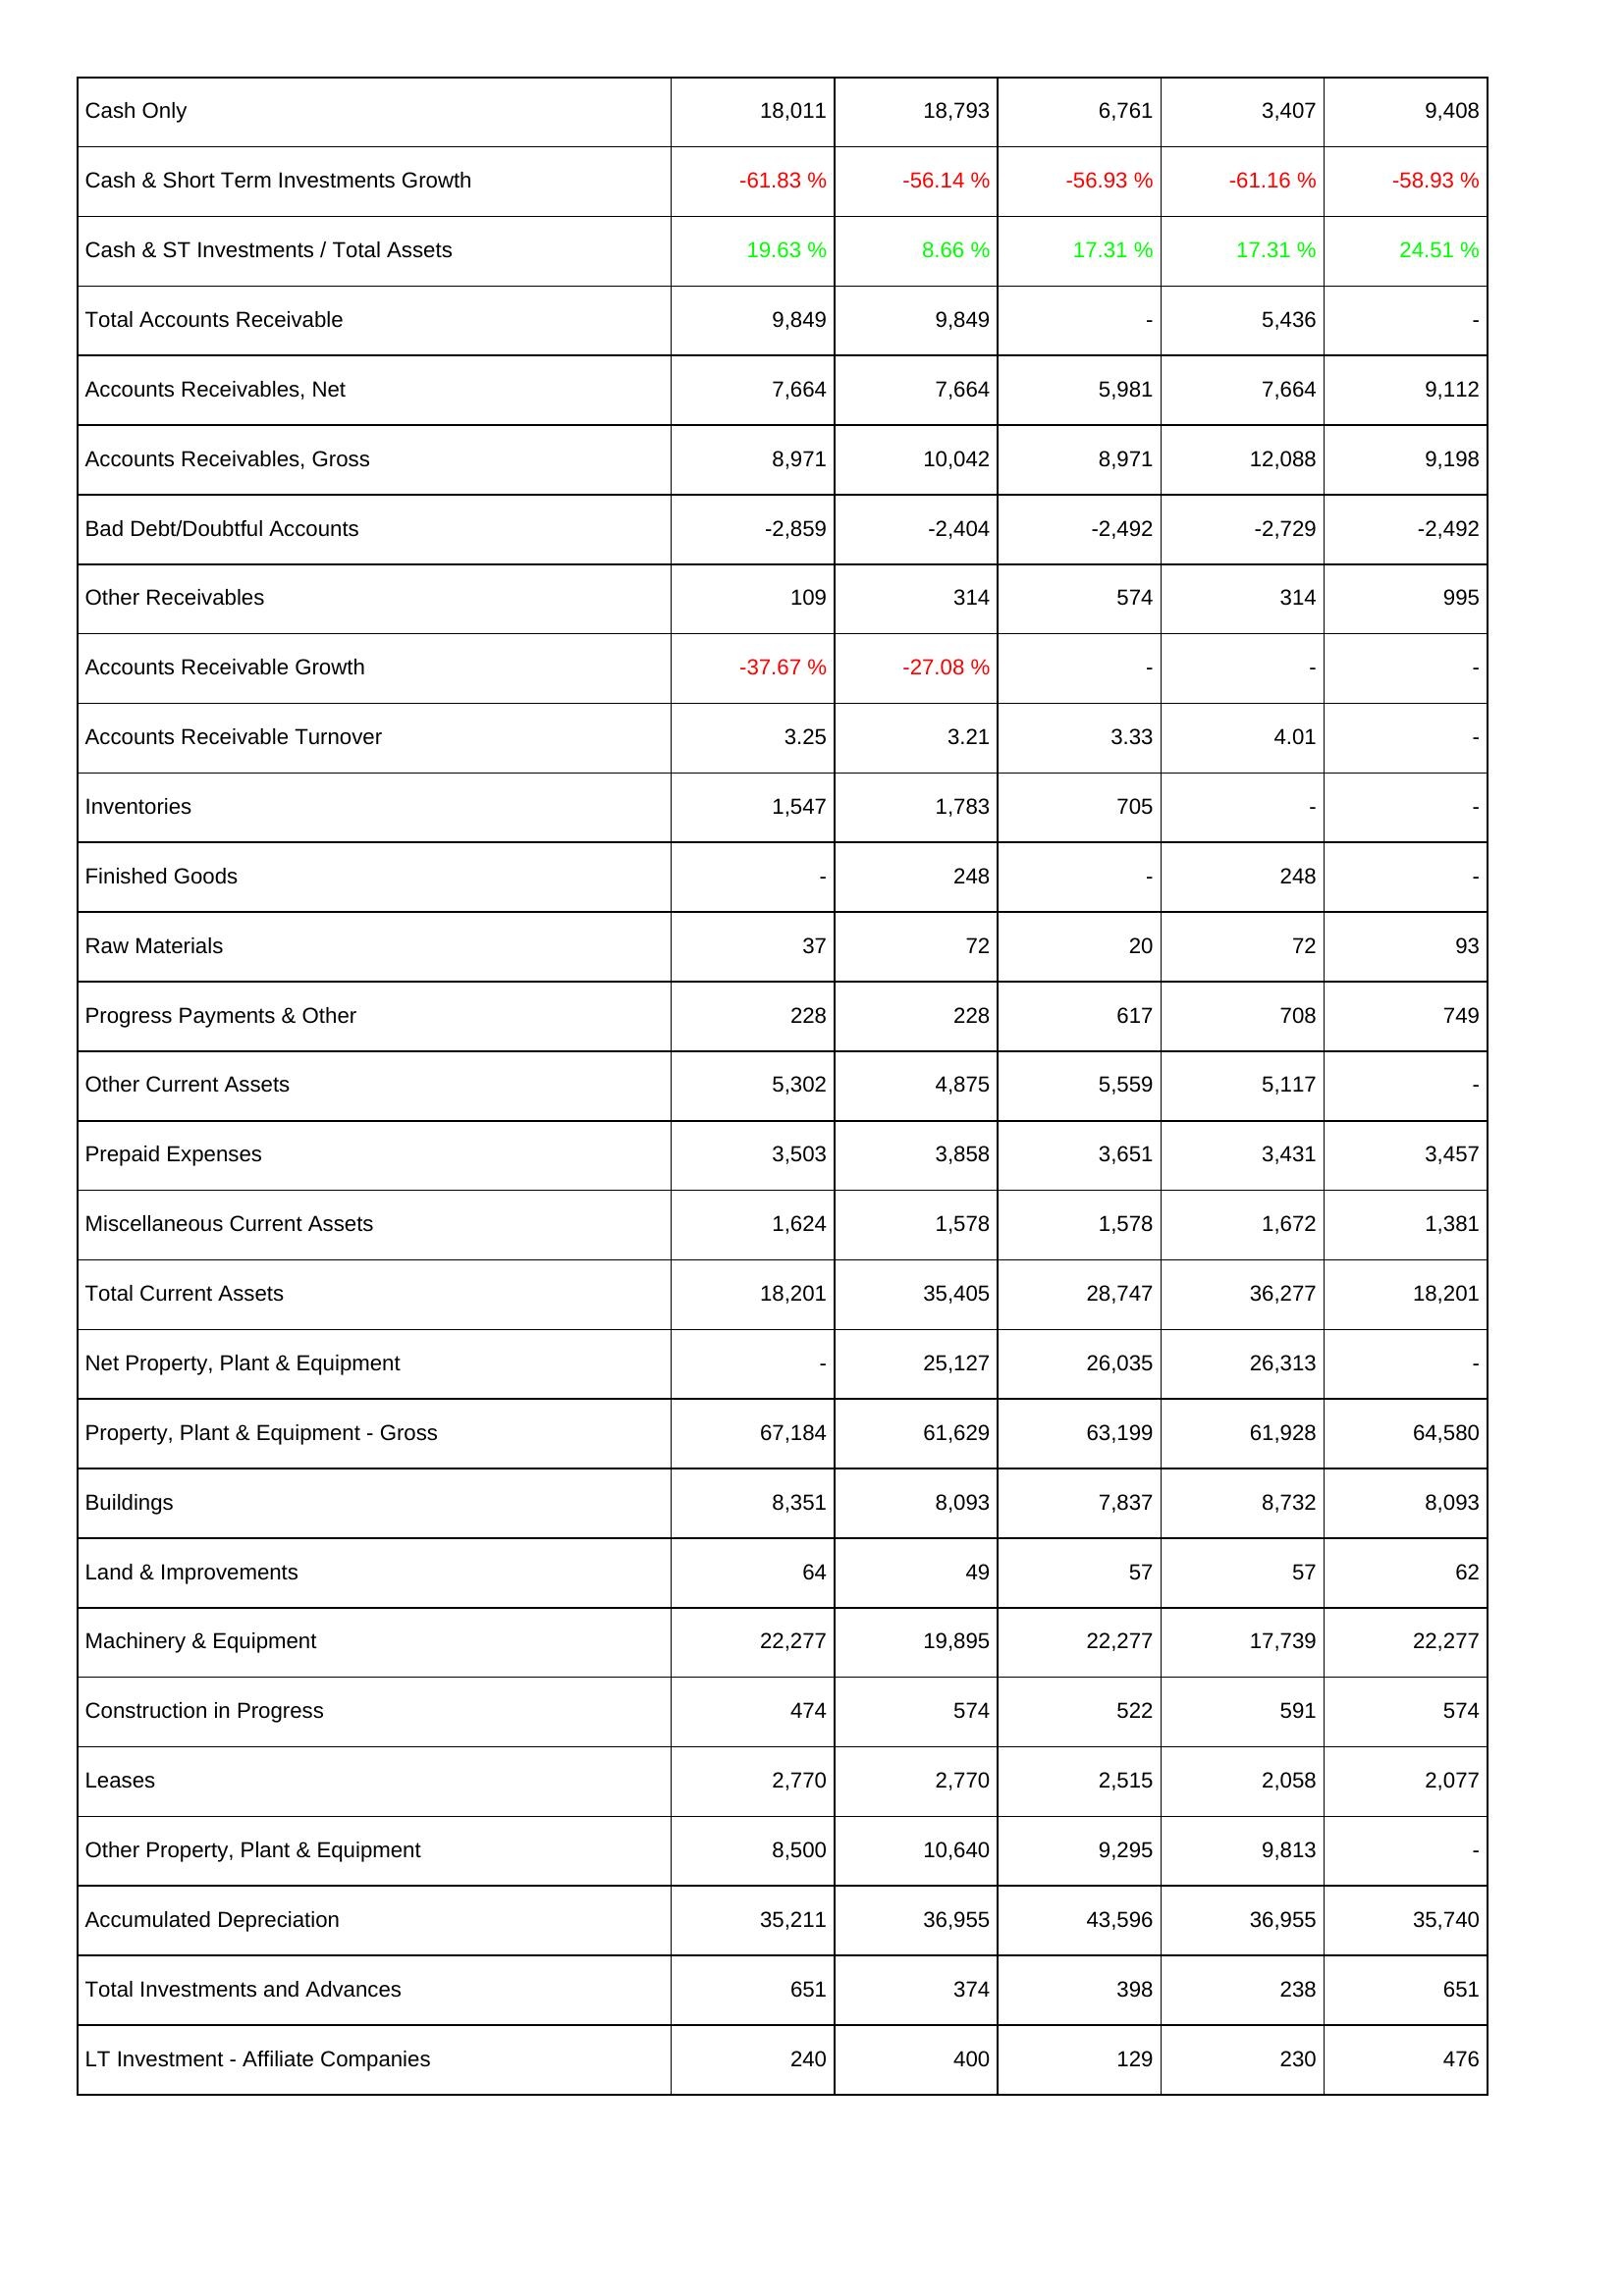
2017: Assets: Cash Only: 18,011
Cash & Short Term Investments Growth: -61.83 %
Cash & ST Investments / Total Assets: 19.63 %
Total Accounts Receivable: 9,849
Accounts Receivables, Net: 7,664
Accounts Receivables, Gross: 8,971
Bad Debt/Doubtful Accounts: -2,859
Other Receivables: 109
Accounts Receivable Growth: -37.67 %
Accounts Receivable Turnover: 3.25
Inventories: 1,547
Finished Goods: -
Raw Materials: 37
Progress Payments & Other: 228
Other Current Assets: 5,302
Prepaid Expenses: 3,503
Miscellaneous Current Assets: 1,624
Total Current Assets: 18,201
Net Property, Plant & Equipment: -
Property, Plant & Equipment - Gross: 67,184
Buildings: 8,351
Land & Improvements: 64
Machinery & Equipment: 22,277
Construction in Progress: 474
Leases: 2,770
Other Property, Plant & Equipment: 8,500
Accumulated Depreciation: 35,211
Total Investments and Advances: 651
LT Investment - Affiliate Companies: 240
2018: Assets: Cash Only: 18,793
Cash & Short Term Investments Growth: -56.14 %
Cash & ST Investments / Total Assets: 8.66 %
Total Accounts Receivable: 9,849
Accounts Receivables, Net: 7,664
Accounts Receivables, Gross: 10,042
Bad Debt/Doubtful Accounts: -2,404
Other Receivables: 314
Accounts Receivable Growth: -27.08 %
Accounts Receivable Turnover: 3.21
Inventories: 1,783
Finished Goods: 248
Raw Materials: 72
Progress Payments & Other: 228
Other Current Assets: 4,875
Prepaid Expenses: 3,858
Miscellaneous Current Assets: 1,578
Total Current Assets: 35,405
Net Property, Plant & Equipment: 25,127
Property, Plant & Equipment - Gross: 61,629
Buildings: 8,093
Land & Improvements: 49
Machinery & Equipment: 19,895
Construction in Progress: 574
Leases: 2,770
Other Property, Plant & Equipment: 10,640
Accumulated Depreciation: 36,955
Total Investments and Advances: 374
LT Investment - Affiliate Companies: 400
2019: Assets: Cash Only: 6,761
Cash & Short Term Investments Growth: -56.93 %
Cash & ST Investments / Total Assets: 17.31 %
Total Accounts Receivable: -
Accounts Receivables, Net: 5,981
Accounts Receivables, Gross: 8,971
Bad Debt/Doubtful Accounts: -2,492
Other Receivables: 574
Accounts Receivable Growth: -
Accounts Receivable Turnover: 3.33
Inventories: 705
Finished Goods: -
Raw Materials: 20
Progress Payments & Other: 617
Other Current Assets: 5,559
Prepaid Expenses: 3,651
Miscellaneous Current Assets: 1,578
Total Current Assets: 28,747
Net Property, Plant & Equipment: 26,035
Property, Plant & Equipment - Gross: 63,199
Buildings: 7,837
Land & Improvements: 57
Machinery & Equipment: 22,277
Construction in Progress: 522
Leases: 2,515
Other Property, Plant & Equipment: 9,295
Accumulated Depreciation: 43,596
Total Investments and Advances: 398
LT Investment - Affiliate Companies: 129
2020: Assets: Cash Only: 3,407
Cash & Short Term Investments Growth: -61.16 %
Cash & ST Investments / Total Assets: 17.31 %
Total Accounts Receivable: 5,436
Accounts Receivables, Net: 7,664
Accounts Receivables, Gross: 12,088
Bad Debt/Doubtful Accounts: -2,729
Other Receivables: 314
Accounts Receivable Growth: -
Accounts Receivable Turnover: 4.01
Inventories: -
Finished Goods: 248
Raw Materials: 72
Progress Payments & Other: 708
Other Current Assets: 5,117
Prepaid Expenses: 3,431
Miscellaneous Current Assets: 1,672
Total Current Assets: 36,277
Net Property, Plant & Equipment: 26,313
Property, Plant & Equipment - Gross: 61,928
Buildings: 8,732
Land & Improvements: 57
Machinery & Equipment: 17,739
Construction in Progress: 591
Leases: 2,058
Other Property, Plant & Equipment: 9,813
Accumulated Depreciation: 36,955
Total Investments and Advances: 238
LT Investment - Affiliate Companies: 230
2021: Assets: Cash Only: 9,408
Cash & Short Term Investments Growth: -58.93 %
Cash & ST Investments / Total Assets: 24.51 %
Total Accounts Receivable: -
Accounts Receivables, Net: 9,112
Accounts Receivables, Gross: 9,198
Bad Debt/Doubtful Accounts: -2,492
Other Receivables: 995
Accounts Receivable Growth: -
Accounts Receivable Turnover: -
Inventories: -
Finished Goods: -
Raw Materials: 93
Progress Payments & Other: 749
Other Current Assets: -
Prepaid Expenses: 3,457
Miscellaneous Current Assets: 1,381
Total Current Assets: 18,201
Net Property, Plant & Equipment: -
Property, Plant & Equipment - Gross: 64,580
Buildings: 8,093
Land & Improvements: 62
Machinery & Equipment: 22,277
Construction in Progress: 574
Leases: 2,077
Other Property, Plant & Equipment: -
Accumulated Depreciation: 35,740
Total Investments and Advances: 651
LT Investment - Affiliate Companies: 476